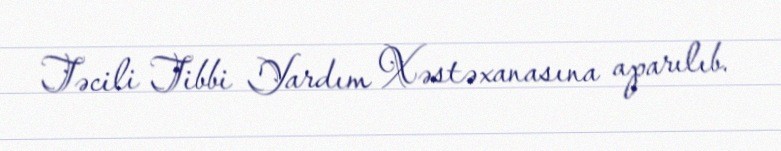
Təcili Tibbi Yardım Xəstəxanasına aparılıb.